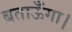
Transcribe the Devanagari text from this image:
बताऊँगा।